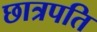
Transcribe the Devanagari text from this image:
छात्रपति